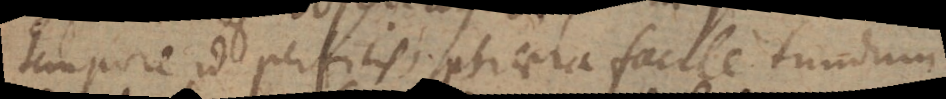
tempore id perficis, sphaera facile fundum